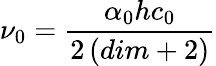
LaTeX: \nu_{0}=\frac{\alpha_{0}hc_{0}}{2\left(dim+2\right)}